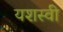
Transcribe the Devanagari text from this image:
यशस्‍वी